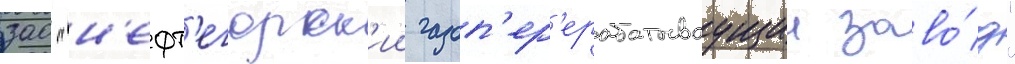
зао "н'ефт'егорск'ии газоп'ер'ерабатываущии заво́д"